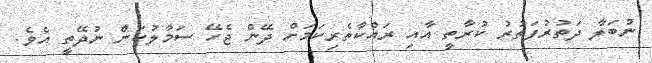
ނުބަލާ ދަތުރުފަތުރު ކުރާތީ އާއި ރައްކާތެރިކަމަށް ދޭން ޖެހޭ ސަމާލުކަން ނުދޭތީ އެވެ.